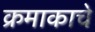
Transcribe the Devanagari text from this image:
क्रमाकाचे